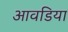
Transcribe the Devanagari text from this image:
आवडिया